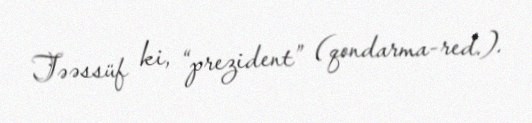
Təəssüf ki, “prezident” (qondarma-red.).